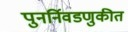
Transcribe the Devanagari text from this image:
पुनर्निवडणुकीत